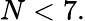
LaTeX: N<7.